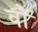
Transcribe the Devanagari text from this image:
वॉै